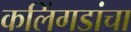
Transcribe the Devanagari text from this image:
कलिंगडांचा